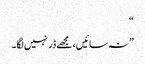
“
” نہ سائیں، مجھے ڈر نہیں لگا۔